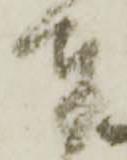
奉